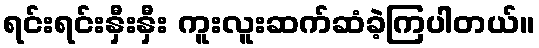
ရင်းရင်းနှီးနှီး ကူးလူးဆက်ဆံခဲ့ကြပါတယ်။